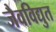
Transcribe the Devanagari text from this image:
जैवविद्युत